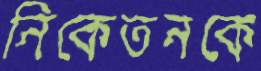
নিকেতনকে